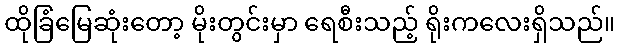
ထိုခြံမြေဆုံးတော့ မိုးတွင်းမှာ ရေစီးသည့် ရိုးကလေးရှိသည်။